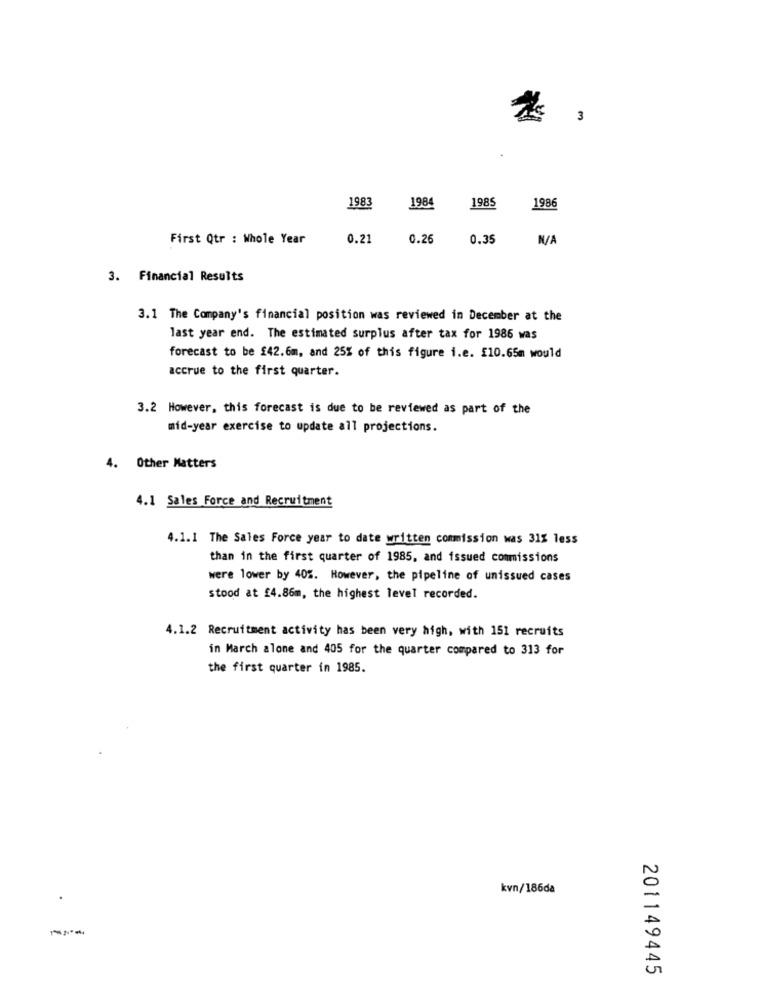
* ,
198
1984
1985
1986
First Qtr : Whole Year
0.21
0.26
0.35
3. Financial Results
3.1 The Company's financial position was reviewed in December at the
last year end. The estimated surplus after tax for 1986 was
forecast to be £42.6m, and 25% of this figure i.e. £10.65m would
accrue to the first quarter.
3.2 However, this forecast is due to be reviewed as part of the
mid-year exercise to update all projections.
4. Other Matters
4.1 Sales Force and Recruitment
4.1.1 The Sales Force year to date written commission was 31% less
than in the first quarter of 1985, and issued commissions
were lower by 405. However, the pipeline of unissued cases
stood at £4.86m, the highest level recorded.
4.1.2 Recruitment activity has been very high, with 151 recruits
in March alone and 405 for the quarter compared to 313 for
the first quarter in 1985.
kvn/186da
201149445